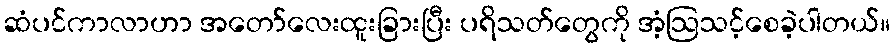
ဆံပင်ကာလာဟာ အတော်လေးထူးခြားပြီး ပရိသတ်တွေကို အံ့ဩသင့်စေခဲ့ပါတယ်။